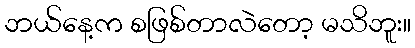
ဘယ်နေ့က စဖြစ်တာလဲတော့ မသိဘူး။